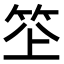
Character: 𥬧